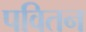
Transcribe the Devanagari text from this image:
पवितन